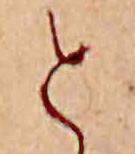
と